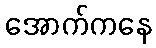
အောက်ကနေ